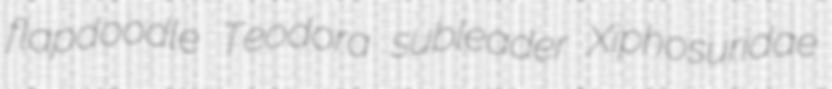
flapdoodle Teodora subleader Xiphosuridae